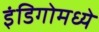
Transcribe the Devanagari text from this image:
इंडिगोमध्ये